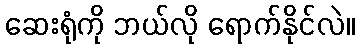
ဆေးရုံကို ဘယ်လို ရောက်နိုင်လဲ။